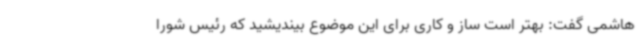
هاشمی گفت: بهتر است ساز و کاری برای این موضوع بیندیشید که رئیس شورا